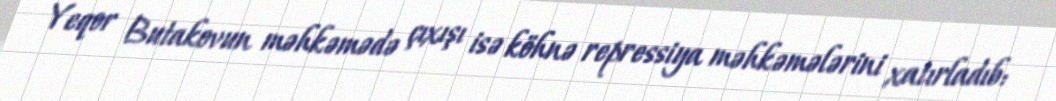
Yeqor Butakovun məhkəmədə çıxışı isə köhnə repressiya məhkəmələrini xatırladıb: